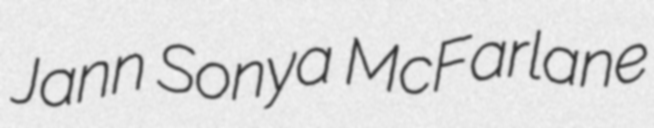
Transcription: Jann Sonya McFarlane